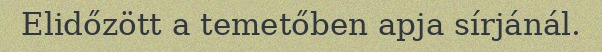
Elidőzött a temetőben apja sírjánál.